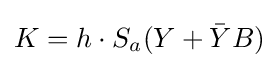
K=h\cdot S_{a}(Y+{\bar {Y}}B)